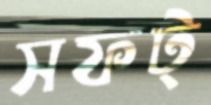
সফট্